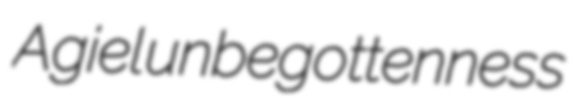
Agiel unbegottenness